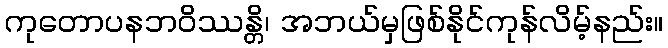
ကုတောပနဘဝိဿန္တိ၊ အဘယ်မှဖြစ်နိုင်ကုန်လိမ့်နည်း။